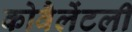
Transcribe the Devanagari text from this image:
कोवैलेंटली